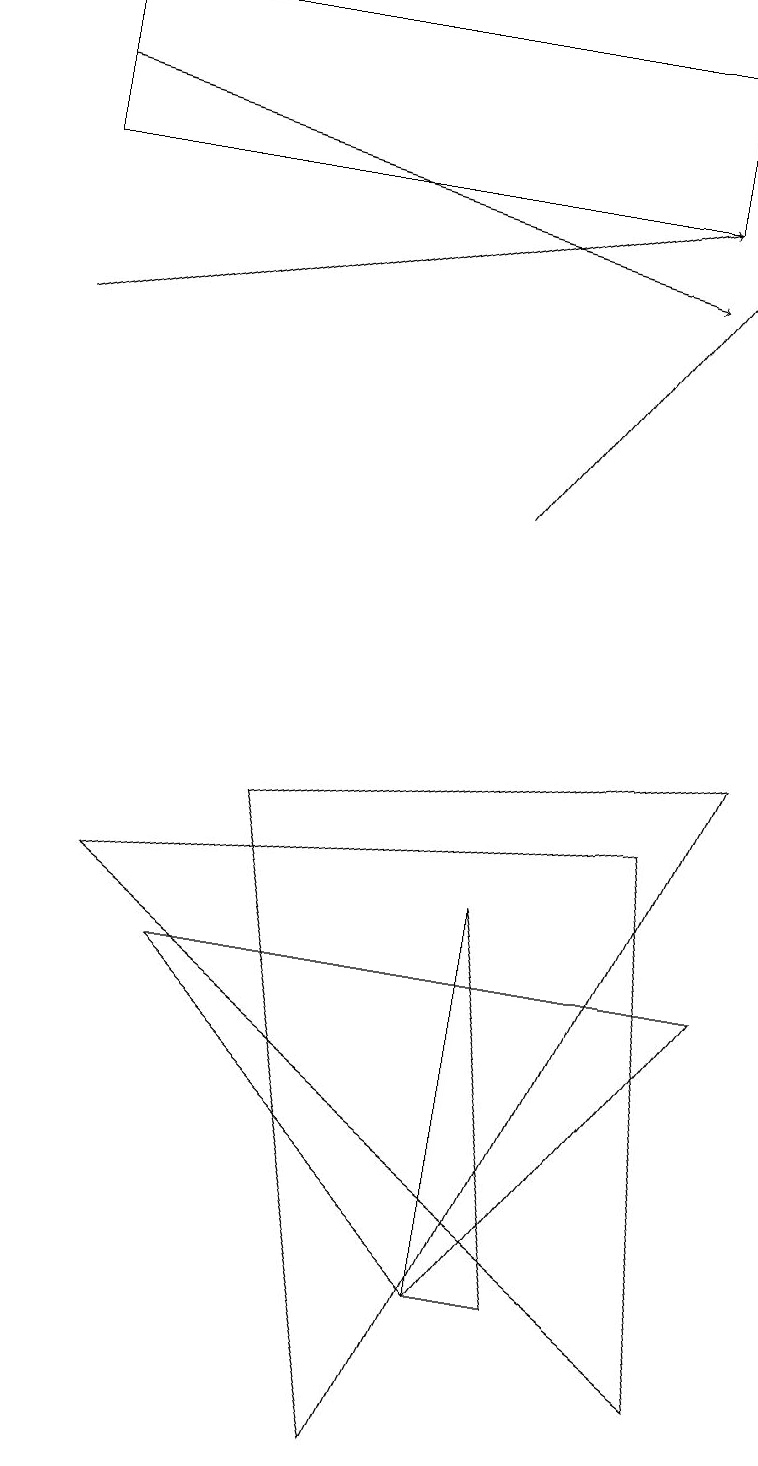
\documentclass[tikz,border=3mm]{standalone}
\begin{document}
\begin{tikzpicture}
\draw (8,8) -- (1,7) -- (9,1) -- cycle;
\draw (0,18) rectangle (8,16);
\draw[->] (0,17) -- (8,15);
\draw[->] (6,12) -- (9,16);
\draw[->] (0,14) -- (8,16);
\draw (6,2) -- (6,7) -- (7,2) -- cycle;
\draw (2,6) -- (6,2) -- (9,6) -- cycle;
\draw (5,0) -- (9,9) -- (3,8) -- cycle;
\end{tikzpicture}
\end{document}